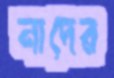
নাদের